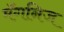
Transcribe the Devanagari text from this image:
मॅगनिज